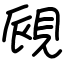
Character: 覛